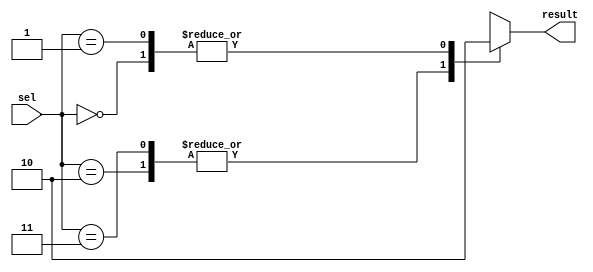
/* Generated by Yosys 0.43+11 (git sha1 49f547782, clang++ 14.0.0-1ubuntu1.1 -fPIC -Os) */

(* src = "./test.v:1.1-16.10" *)
module simple_case_example(sel, result);
  wire _0_;
  wire _1_;
  wire _2_;
  wire _3_;
  (* src = "./test.v:3.12-3.18" *)
  output result;
  wire result;
  (* src = "./test.v:2.22-2.25" *)
  input [1:0] sel;
  wire [1:0] sel;
  function [0:0] _4_;
    input [0:0] a;
    input [3:0] b;
    input [3:0] s;
    (* full_case = 32'd1 *)
    (* src = "./test.v:0.0-0.0|./test.v:7.9-13.16" *)
    (* parallel_case *)
    casez (s)
      4'b???1:
        _4_ = b[0:0];
      4'b??1?:
        _4_ = b[1:1];
      4'b?1??:
        _4_ = b[2:2];
      4'b1???:
        _4_ = b[3:3];
      default:
        _4_ = a;
    endcase
  endfunction
  assign result = _4_(1'hx, 4'h3, { _3_, _2_, _1_, _0_ });
  assign _0_ = sel == (* full_case = 32'd1 *) (* src = "./test.v:0.0-0.0|./test.v:7.9-13.16" *) 2'h3;
  assign _1_ = sel == (* full_case = 32'd1 *) (* src = "./test.v:0.0-0.0|./test.v:7.9-13.16" *) 2'h2;
  assign _2_ = sel == (* full_case = 32'd1 *) (* src = "./test.v:0.0-0.0|./test.v:7.9-13.16" *) 2'h1;
  assign _3_ = ! (* full_case = 32'd1 *) (* src = "./test.v:0.0-0.0|./test.v:7.9-13.16" *) sel;
endmodule